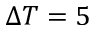
\Delta T = 5